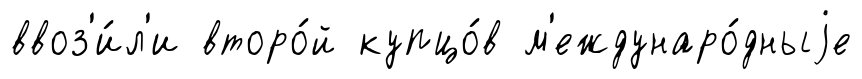
ввоз'и́л'и второ́й купцо́в м'еждунаро́дныjе